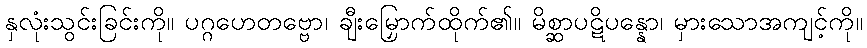
နှလုံးသွင်းခြင်းကို။ ပဂ္ဂဟေတဗ္ဗော၊ ချီးမြှောက်ထိုက်၏။ မိစ္ဆာပဋိပန္နော၊ မှားသောအကျင့်ကို။